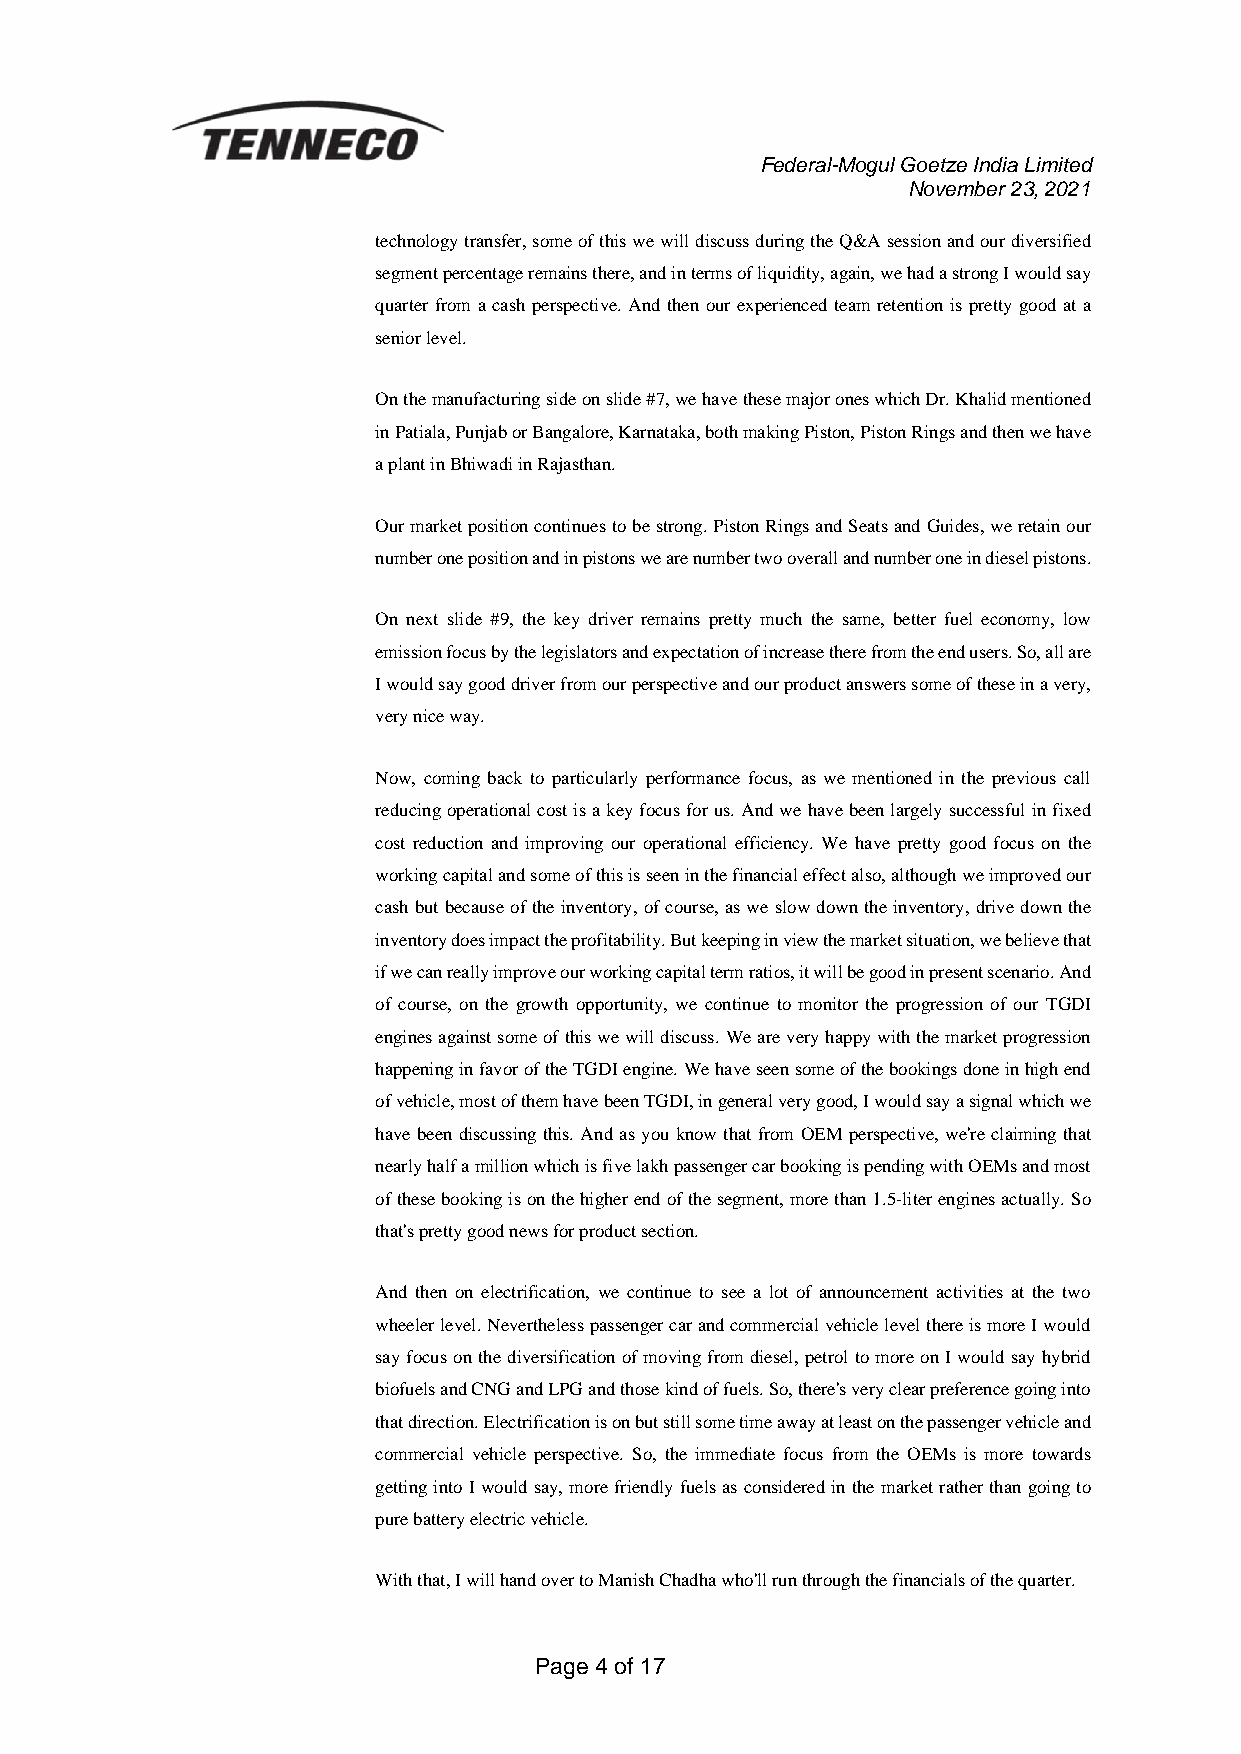
Federal-Mogul Goetze India Limited
 November 23, 2021
 technology transfer, some of this we will discuss during the Q&A session and our diversified
 segment percentage remains there, and in terms of liquidity, again, we had a strong I would say
 quarter from a cash perspective. And then our experienced team retention is pretty good at a
 senior level.
 On the manufacturing side on slide #7, we have these major ones which Dr. Khalid mentioned
 in Patiala, Punjab or Bangalore, Karnataka, both making Piston, Piston Rings and then we have
 a plant in Bhiwadi in Rajasthan.
 Our market position continues to be strong. Piston Rings and Seats and Guides, we retain our
 number one position and in pistons we are number two overall and number one in diesel pistons.
 On next slide #9, the key driver remains pretty much the same, better fuel economy, low
 emission focus by the legislators and expectation of increase there from the end users. So, all are
 I would say good driver from our perspective and our product answers some of these in a very,
 very nice way.
 Now, coming back to particularly performance focus, as we mentioned in the previous call
 reducing operational cost is a key focus for us. And we have been largely successful in fixed
 cost reduction and improving our operational efficiency. We have pretty good focus on the
 working capital and some of this is seen in the financial effect also, although we improved our
 cash but because of the inventory, of course, as we slow down the inventory, drive down the
 inventory does impact the profitability. But keeping in view the market situation, we believe that
 if we can really improve our working capital term ratios, it will be good in present scenario. And
 of course, on the growth opportunity, we continue to monitor the progression of our TGDI
 engines against some of this we will discuss. We are very happy with the market progression
 happening in favor of the TGDI engine. We have seen some of the bookings done in high end
 of vehicle, most of them have been TGDI, in general very good, I would say a signal which we
 have been discussing this. And as you know that from OEM perspective, we're claiming that
 nearly half a million which is five lakh passenger car booking is pending with OEMs and most
 of these booking is on the higher end of the segment, more than 1.5-liter engines actually. So
 that's pretty good news for product section.
 And then on electrification, we continue to see a lot of announcement activities at the two
 wheeler level. Nevertheless passenger car and commercial vehicle level there is more I would
 say focus on the diversification of moving from diesel, petrol to more on I would say hybrid
 biofuels and CNG and LPG and those kind of fuels. So, there's very clear preference going into
 that direction. Electrification is on but still some time away at least on the passenger vehicle and
 commercial vehicle perspective. So, the immediate focus from the OEMs is more towards
 getting into I would say, more friendly fuels as considered in the market rather than going to
 pure battery electric vehicle.
 With that, I will hand over to Manish Chadha who'll run through the financials of the quarter.
 Page 4 of 17